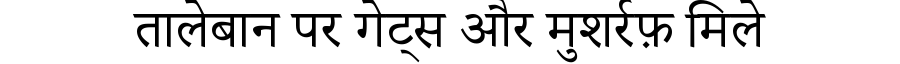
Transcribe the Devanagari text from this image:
तालेबान पर गेट्स और मुशर्रफ़ मिले